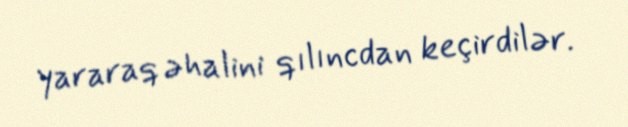
yararaq əhalini qılıncdan keçirdilər.